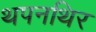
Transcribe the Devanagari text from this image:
थपनथिर